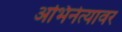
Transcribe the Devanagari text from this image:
अभिनेत्यावर